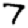
Digit: 7